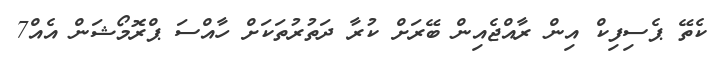
ކެތޭ ޕެސިފިކް އިން ރާއްޖެއިން ބޭރަށް ކުރާ ދަތުރުތަކަށް ހާއްސަ ޕްރޮމޯޝަން އެއް7